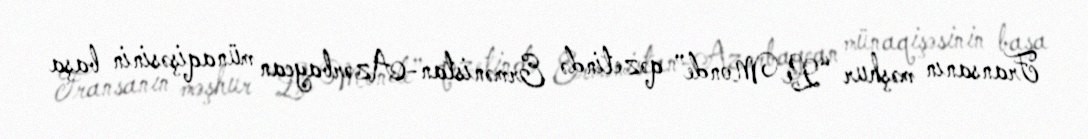
Fransanın məşhur “Le Monde” qəzetində Ermənistan-Azərbaycan münaqişəsinin başa